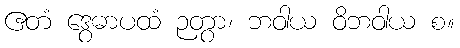
ဧတံ ဒွေဓာပထံ ဉတွာ၊ ဘဝါယ ဝိဘဝါယ စ။